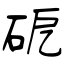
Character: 砨